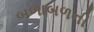
બળાબળની